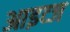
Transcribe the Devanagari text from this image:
आइव्ज